Indian journal of veterinary science and animal husbandry - Volume 5,
Year: 1935
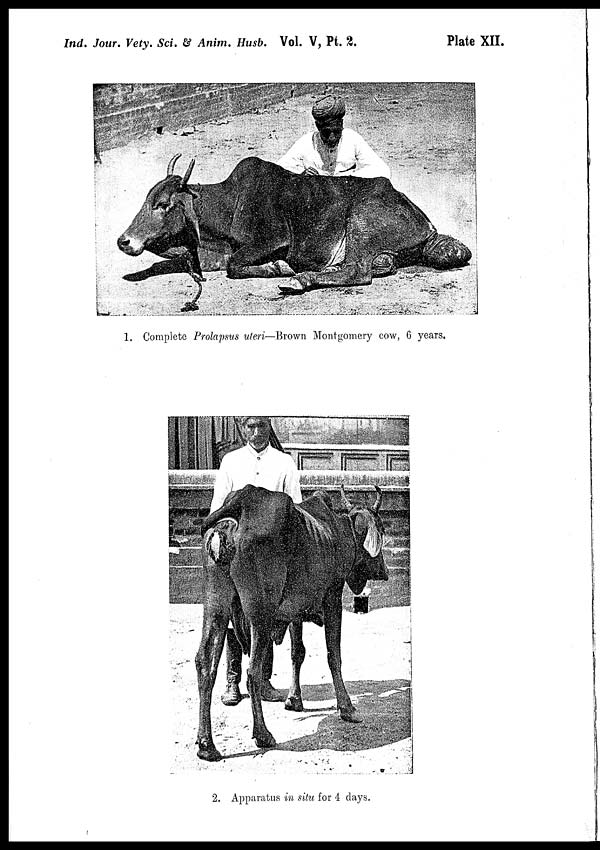
Ind. Jour. Vety. Sci. & Anim. Husb. Vol. V, Pt.
2.
Plate XII.
1. Complete Prolapsus uteri—Brown Montgomery cow, 6 years.
2. Apparatus in situ for 4 days.